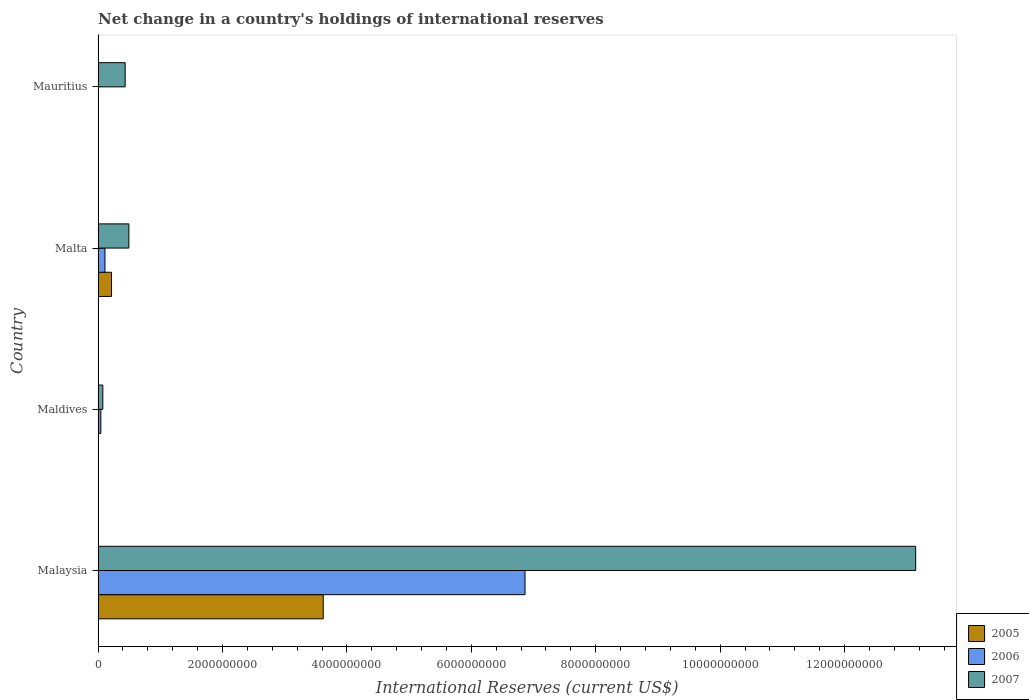
| Country | 2005 | 2006 | 2007 |
 | --- | --- | --- | --- |
 | Malaysia | 3.62e+09 | 6.86e+09 | 1.31e+10 |
 | Maldives | -2.33e+07 | 4.5e+07 | 7.67e+07 |
 | Malta | 2.17e+08 | 1.11e+08 | 4.95e+08 |
 | Mauritius | -1.65e+08 | -1.4e+08 | 4.36e+08 |